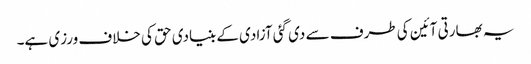
یہ بھارتی آئین کی طرف سے دی گئی آزادی کے بنیادی حق کی خلاف ورزی ہے۔